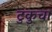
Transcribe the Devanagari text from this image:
टुकुचा